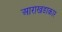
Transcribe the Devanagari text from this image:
आराखडाकार